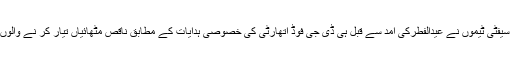
تفصیلات کے مطابق صوبہ بھر کی فوڈ سیفٹی ٹیموں نے عیدالفطرکی آمد سے قبل ہی ڈی جی فوڈ اتھارٹی کی خصوصی ہدایات کے مطابق ناقص مٹھائیاں تیار کر نے والوں کے خلاف کریک ڈائون کا آغاز کر دیا۔